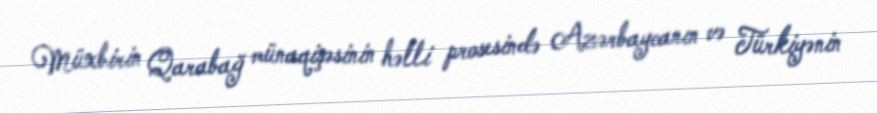
Müxbirin Qarabağ münaqişəsinin həlli prosesində Azərbaycanın və Türkiyənin